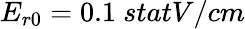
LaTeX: E_{r0}=0.1~{statV/cm}